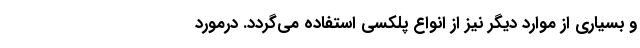
و بسیاری از موارد دیگر نیز از انواع پلکسی استفاده می‌گردد. درمورد